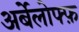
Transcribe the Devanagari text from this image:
अर्बेलोफ्फ़